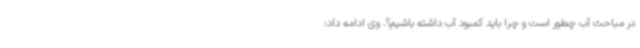
در مباحث آب چطور است و چرا باید کمبود آب داشته باشیم؟. وی ادامه داد: